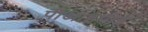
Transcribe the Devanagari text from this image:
पीआइपीई